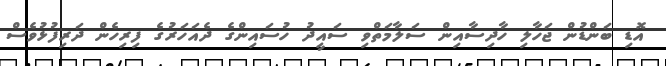
އޮޑި ބަންޑުން ޖަހާލި ހާދިސާއިން ސަލާމަތްވި ސައީދު ހުސައިންގެ ދެއަހަރުގެ ފިރިހެން ދަރިފުޅުވެސް